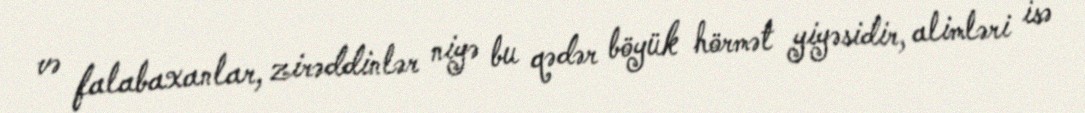
və falabaxanlar, zirəddinlər niyə bu qədər böyük hörmət yiyəsidir, alimləri isə